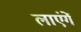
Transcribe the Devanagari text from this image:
लाएंगें